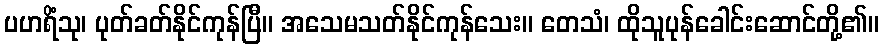
ပဟရိံသု၊ ပုတ်ခတ်နိုင်ကုန်ပြီ။ အသေမသတ်နိုင်ကုန်သေး။ တေသံ၊ ထိုသူပုန်ခေါင်းဆောင်တို့၏။